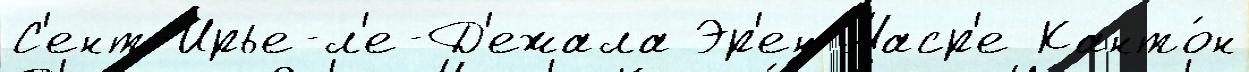
С'ент-Ирье-л'е-Д'ежала Эр'ен Маср'е Канто́н